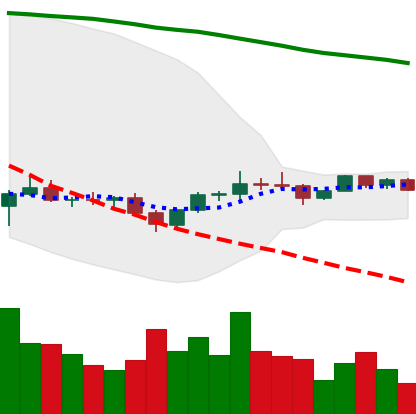
Ticker: EOS-USD
Chart end date: 2022-12-03
Forward return: 7.918%
Label: up_7plus